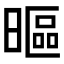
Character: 𣉾